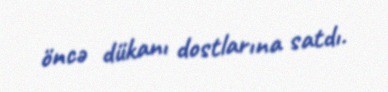
öncə dükanı dostlarına satdı.